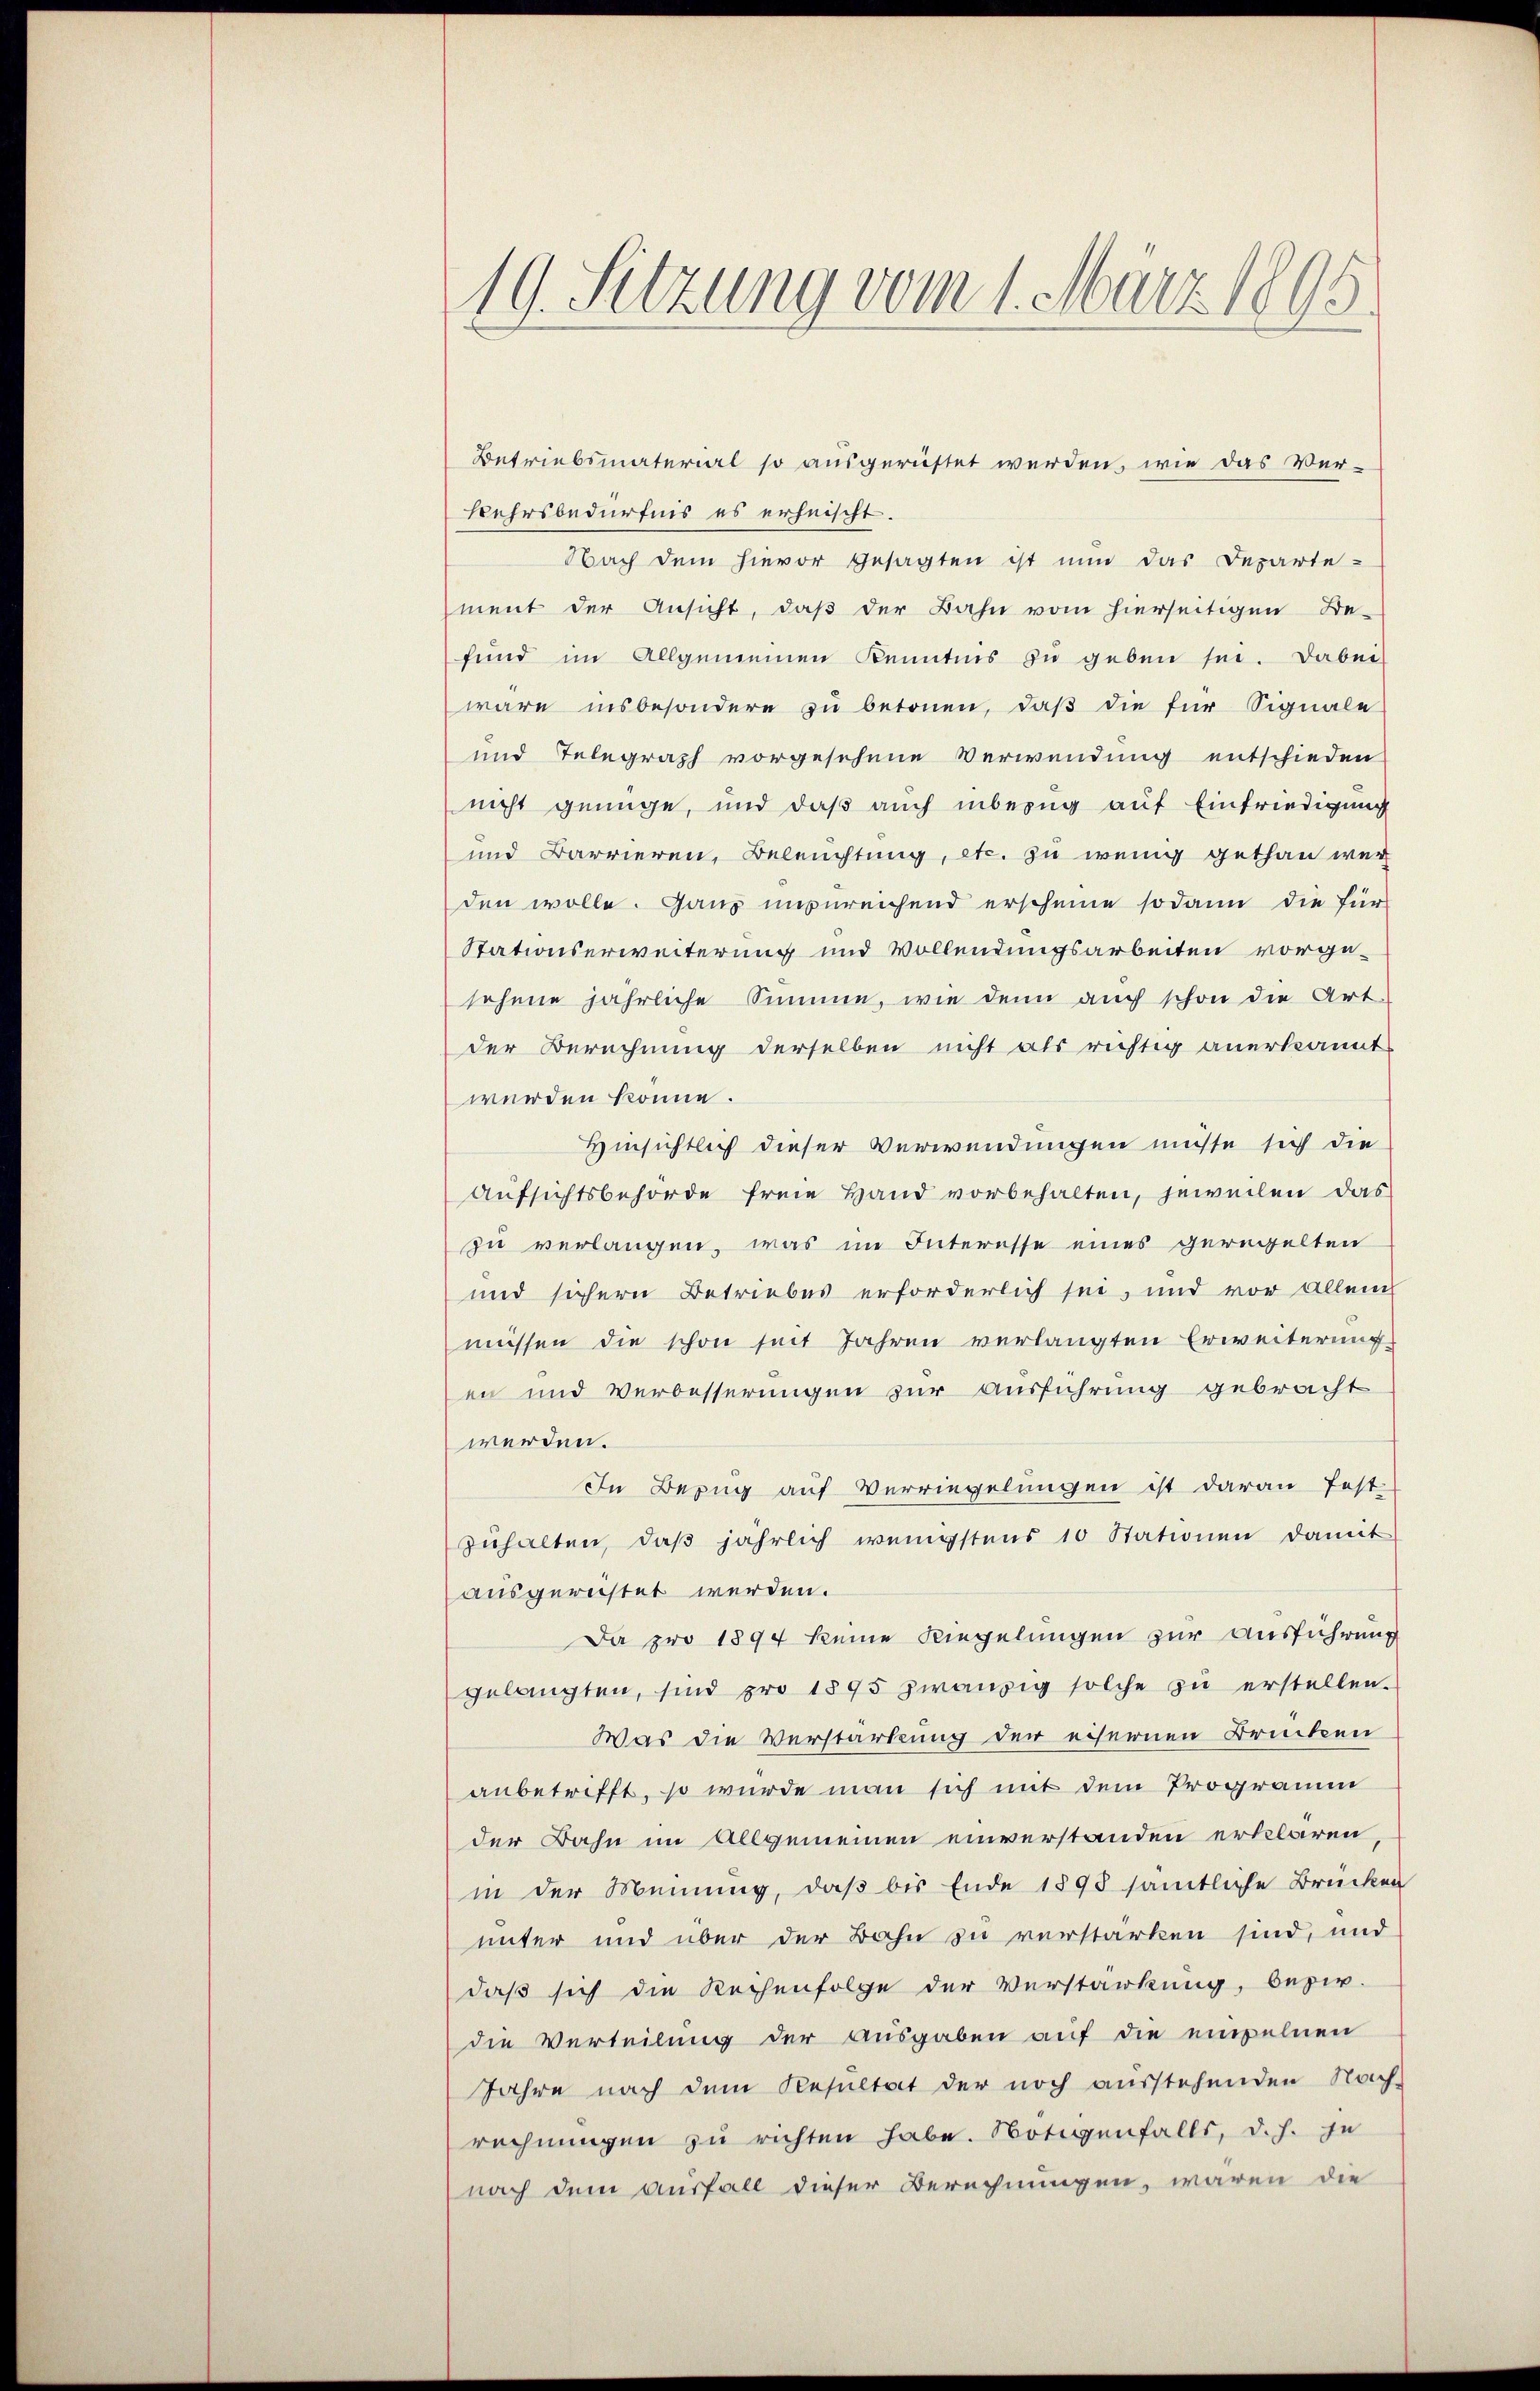
Betriebsmaterial so ausgerüstet werden, wie das Ver-
Kehrsbedürfnis es erheischt.
Nach dem hievor gesagten ist nun das Departe-
ment der Ansicht, daß der Bahn vom hierseitigen Be-
fund im Allgemeinen Kenntnis zu geben sei. Dabei
wäre insbesondere zu betonen, daß die für Signale
und Telegraph vorgesehene Verwendung entschieden
nicht genüge, und daß auch inbezug auf Einfriedigung
und Barrieren, Beleuchtung, etc. zu wenig gethan wer
den wolle. Ganz unsereichend erscheine sodann die für
Stationserweiterung und Vollendungsarbeiten vorge-
sehene jährliche Summe, wie denn auch schon die Art.
der Berechnung derselben nicht als richtig anerkannt
werden könne.
Hinsichtlich dieser Verwendungen müsse sich die
Aufsichtsbehörde freie Hand vorbehalten, jeweilen das
zu verlangen, was im Interesse eines geregelten
und sichern Betriebes erforderlich sei, und vor allein
müssen die schon seit Jahren verlangten Erweiterung
en und Verbesserungen zur Ausführung gebracht
werden.
In Bezug auf Verringelungen ist daran fest-
zŭhalten, daβ jährlich wenigstens 10 Stationen damit
ausgerichtet werden.
Da pro 1894 keine Riegelungen zur Ausführung
gelangten, sind pro 1895 zwanzig solche zu erstellen.
Was die Verstärkung der eisernen Brücken
anbetrifft, so wurde man sich mit dem Programm
der Bahn im Allgemeinen einverstanden erklären,
in der Meinung, daß bis Ende 1898 sämtliche Brücken
unter und über der Bahn zu verstärken sind, und
daß sich die Reihenfolge der Verstankung, bezir
die Verteilung der Ausgaben auf die einzelnen
Jahre nach dem Resultat der noch ausstehenden Nach-
rechnungen zu richten habe. Notigenfalls, d. h. je
nach dem Ausfall dieser Berechnungen, waren die

19. Sitzung vom 1. März 1895